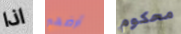
اذا أرضهم محكوم